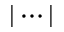
| \cdots |